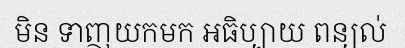
មិន ទាញយកមក អធិប្បាយ ពន្យល់